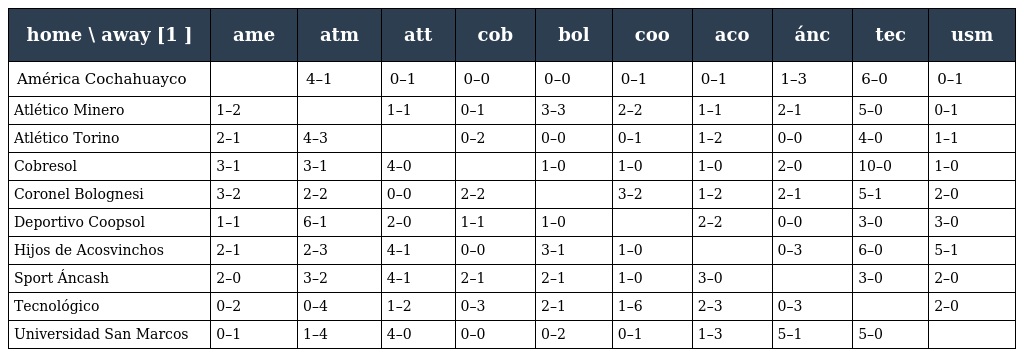
| home \ away [1 ] | ame | atm | att | cob | bol | coo | aco | ánc | tec | usm |
 | --- | --- | --- | --- | --- | --- | --- | --- | --- | --- | --- |
 | América Cochahuayco |  | 4–1 | 0–1 | 0–0 | 0–0 | 0–1 | 0–1 | 1–3 | 6–0 | 0–1 |
 | Atlético Minero | 1–2 |  | 1–1 | 0–1 | 3–3 | 2–2 | 1–1 | 2–1 | 5–0 | 0–1 |
 | Atlético Torino | 2–1 | 4–3 |  | 0–2 | 0–0 | 0–1 | 1–2 | 0–0 | 4–0 | 1–1 |
 | Cobresol | 3–1 | 3–1 | 4–0 |  | 1–0 | 1–0 | 1–0 | 2–0 | 10–0 | 1–0 |
 | Coronel Bolognesi | 3–2 | 2–2 | 0–0 | 2–2 |  | 3–2 | 1–2 | 2–1 | 5–1 | 2–0 |
 | Deportivo Coopsol | 1–1 | 6–1 | 2–0 | 1–1 | 1–0 |  | 2–2 | 0–0 | 3–0 | 3–0 |
 | Hijos de Acosvinchos | 2–1 | 2–3 | 4–1 | 0–0 | 3–1 | 1–0 |  | 0–3 | 6–0 | 5–1 |
 | Sport Áncash | 2–0 | 3–2 | 4–1 | 2–1 | 2–1 | 1–0 | 3–0 |  | 3–0 | 2–0 |
 | Tecnológico | 0–2 | 0–4 | 1–2 | 0–3 | 2–1 | 1–6 | 2–3 | 0–3 |  | 2–0 |
 | Universidad San Marcos | 0–1 | 1–4 | 4–0 | 0–0 | 0–2 | 0–1 | 1–3 | 5–1 | 5–0 |  |